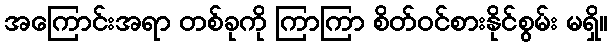
အကြောင်းအရာ တစ်ခုကို ကြာကြာ စိတ်ဝင်စားနိုင်စွမ်း မရှိ။